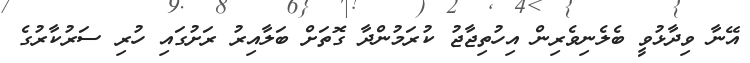
އޭނާ ވިދާޅުވީ ބެލެނިވެރިން އިހުތިޖާޖު ކުރަމުންދާ ގޮތަށް ބަލާއިރު ރަށުގައި ހުރި ސަރުކާރުގެ